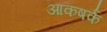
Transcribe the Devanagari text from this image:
आकषर्क